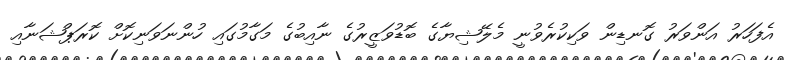
އެފަހަރު އަންވަރު ގޮނޑިން ވަކިކުރެވުނީ މެލޭޝިޔާގެ ބޮޑުވަޒީރުގެ ނާއިބުގެ މަގާމުގައި ހުންނަވަނިކޮށް ކޮރަޕްޝަނާއި